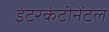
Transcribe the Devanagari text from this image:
इंटरकंटीनेंटल